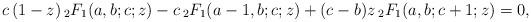
LaTeX: \begin{align*}c\, (1-z)\, {}_2 F_1 (a,b;c;z) - c \, {}_2 F_1 (a-1,b;c;z) + (c-b)z \, {}_2 F_1 (a,b;c+1;z) = 0, \end{align*}